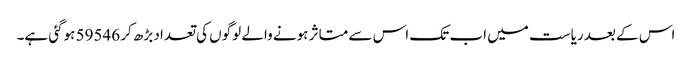
اس کے بعد ریاست میں اب تک اس سے متاثر ہونے والے لوگوں کی تعداد بڑھ کر 59546 ہوگئی ہے۔